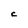
Character: C